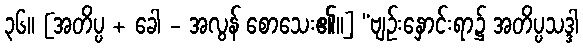
၃၆။ [အတိပ္ပ + ခေါ - အလွန် စောသေး၏။] “ဗျဉ်းနှောင်းရာ၌ အတိပ္ပသဒ္ဒါ